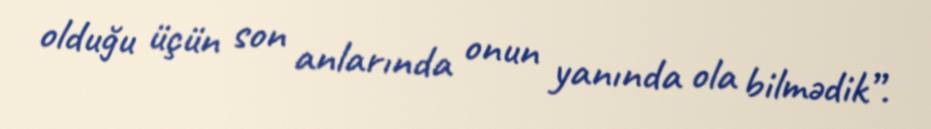
olduğu üçün son anlarında onun yanında ola bilmədik”.